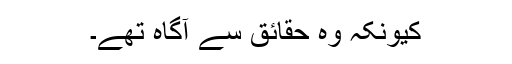
کیونکہ وہ حقائق سے آگاہ تھے۔